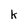
Character: k